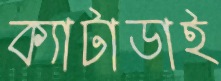
ক্যাটাডাই